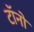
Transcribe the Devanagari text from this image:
टॉनो